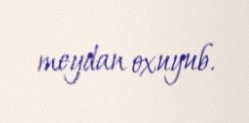
meydan oxuyub.